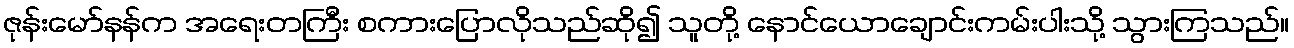
ဇုန်းမော်နန်က အရေးတကြီး စကားပြောလိုသည်ဆို၍ သူတို့ နောင်ယောချောင်းကမ်းပါးသို့ သွားကြသည်။